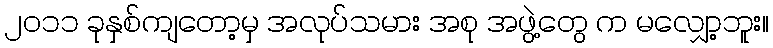
၂၀၁၁ ခုနှစ်ကျတော့မှ အလုပ်သမား အစု အဖွဲ့တွေ က မလျှော့ဘူး။